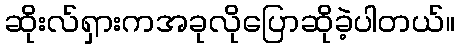
ဆိုးလ်ရှားကအခုလိုပြောဆိုခဲ့ပါတယ်။